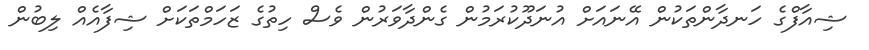
ޝިއާފްގެ ހަނދާންތަކުން އޭނައަށް އުނަދޫކުރަމުން ގެންދާވަރުން ވެސް ހިތުގެ ޒަހަމްތަކަށް ޝިފާއެއް ލިބުން